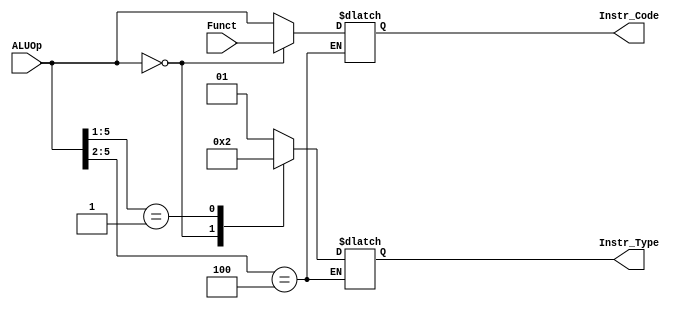
module ALU_Control(
	input [5:0] ALUOp, Funct,
	output reg [1:0] Instr_Type,
	output reg [5:0] Instr_Code);
	
	localparam R_Type = 0;
	localparam I_Type = 1;
	localparam J_Type = 2;
	
	initial
	begin
		Instr_Type = 0;
	end
	
	always @(*)
	begin
		casex(ALUOp)
			6'b000000: //R-Type Instructions
				begin
					Instr_Type <= R_Type;
					Instr_Code <= Funct;
				end
			6'b00001x: //J-Type Instructions
				begin
					Instr_Type <= J_Type;
					Instr_Code <= ALUOp;
				end
			6'b0100xx: //Coprocessor Instructions
				begin
					$display("Coprocessor Instructions Have not been added");//Floating point
				end
			default: //I-Type Instructions
				begin
					Instr_Type <= I_Type;
					Instr_Code <= ALUOp;
				end
		endcase
	end
	
endmodule